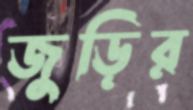
জুড়ির